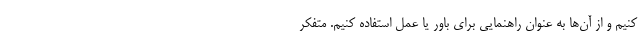
کنیم و از آن‌ها به عنوان راهنمایی برای باور یا عمل استفاده کنیم. متفکر